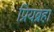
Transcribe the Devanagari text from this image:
प्रियब्रहा